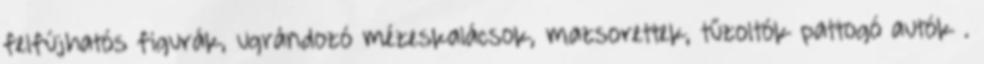
felfújhatós figurák, ugrándozó mézeskalácsok, mazsorettek, tűzoltók pattogó autók .